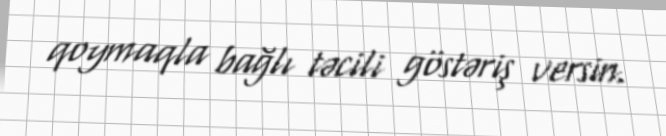
qoymaqla bağlı təcili göstəriş versin.